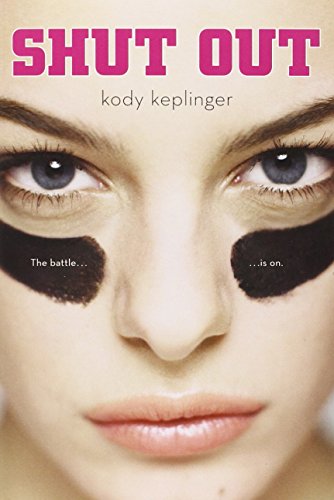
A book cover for Shut Out; Kody Keplinger; Literature & Fiction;